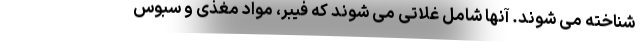
شناخته می شوند. آنها شامل غلاتی می شوند که فیبر، مواد مغذی و سبوس